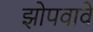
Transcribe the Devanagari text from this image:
झोपवावे